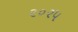
૨૦૨૫